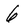
Character: 6